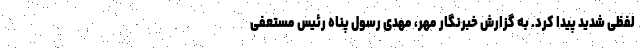
لفظی شدید پیدا کرد. به گزارش خبرنگار مهر، مهدی رسول پناه رئیس مستعفی